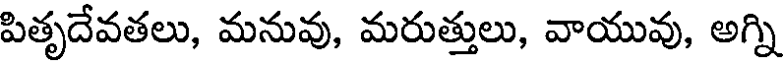
పితృదేవతలు, మనువు, మరుత్తులు, వాయువు, అగ్ని